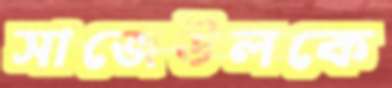
সাজেউলকে